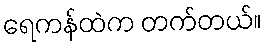
ရေကန်ထဲက တက်တယ်။